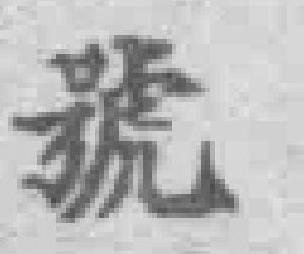
號